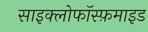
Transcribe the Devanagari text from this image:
साइक्लोफॉस्फ़माइड